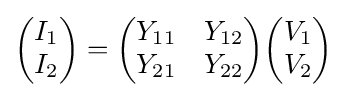
{\begin{pmatrix}I_{1}\\I_{2}\end{pmatrix}}={\begin{pmatrix}Y_{11}&Y_{12}\\Y_{21}&Y_{22}\end{pmatrix}}{\begin{pmatrix}V_{1}\\V_{2}\end{pmatrix}}